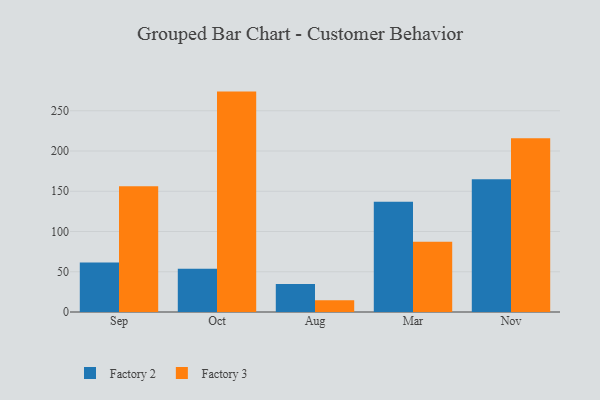
{"axis": {"x": "Month", "y": "Bounce Rate (%)"}, "legend": ["Factory 2", "Factory 3"], "data": [{"x": "Sep", "y": 61.6, "type": "Factory 2"}, {"x": "Sep", "y": 156.2, "type": "Factory 3"}, {"x": "Oct", "y": 53.8, "type": "Factory 2"}, {"x": "Oct", "y": 273.8, "type": "Factory 3"}, {"x": "Aug", "y": 34.9, "type": "Factory 2"}, {"x": "Aug", "y": 14.7, "type": "Factory 3"}, {"x": "Mar", "y": 137.1, "type": "Factory 2"}, {"x": "Mar", "y": 87.4, "type": "Factory 3"}, {"x": "Nov", "y": 164.9, "type": "Factory 2"}, {"x": "Nov", "y": 215.9, "type": "Factory 3"}]}